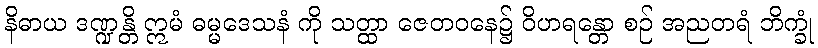
နိဓာယ ဒဏ္ဍန္တိ ဣမံ ဓမ္မဒေသနံ ကို သတ္ထာ ဇေတဝနေ၌ ဝိဟရန္တော စဉ် အညတရံ ဘိက္ခုံ